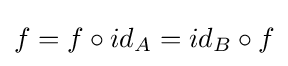
f=f\circ id_{A}=id_{B}\circ f